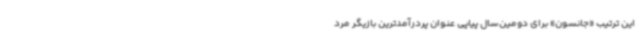
این ترتیب «جانسون» برای دومین‌سال پیاپی عنوان پردرآمدترین بازیگر مرد